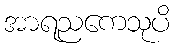
အာရညကေသုပိ